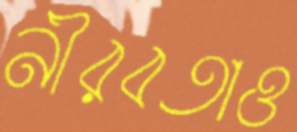
নীরবতাও